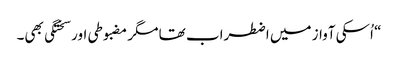
“ اُسکی آواز میں اضطراب تھا مگر مضبوطی اور سختگی بھی۔